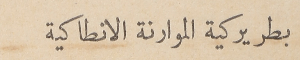
بطريركية الموارنة الانطاكية